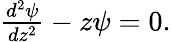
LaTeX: \begin{array}{r}{\frac{d^{2}\psi}{dz^{2}}-z\psi=0.}\end{array}